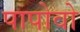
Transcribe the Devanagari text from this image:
पापोवो